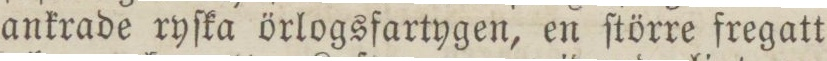
ankrade ryſka örlogsfartygen, en ſtörre fregatt